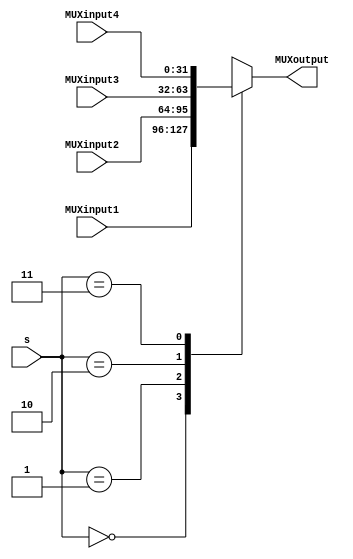
`timescale 1ns / 1ps
//////////////////////////////////////////////////////////////////////////////////
// Company: 
// Engineer: 
// 
// Design Name: 
// Module Name: mux
// Project Name: 
// Target Devices: 
// Tool Versions: 
// Description: 
// 
// Dependencies: 
// 
// Revision:
// Revision 0.01 - File Created
// Additional Comments:
// 
//////////////////////////////////////////////////////////////////////////////////


module MUX_4 (
    input [1:0] s,
    input [31:0] MUXinput1, 
    input [31:0] MUXinput2, 
    input [31:0] MUXinput3, 
    input [31:0] MUXinput4,
    output reg [31:0] MUXoutput
);
    initial begin MUXoutput = 0; end

    always @ (*) begin
        case (s)
            2'b00: begin MUXoutput = MUXinput1; end
            2'b01: begin MUXoutput = MUXinput2; end
            2'b10: begin MUXoutput = MUXinput3; end
            2'b11: begin MUXoutput = MUXinput4; end
            default: begin MUXoutput = 0; end
        endcase
    end
endmodule

module MUX_8 (
    input [1:0] s,
    input [31:0] MUXinput1, 
    input [31:0] MUXinput2, 
    input [31:0] MUXinput3, 
    input [31:0] MUXinput4,
    input [31:0] MUXinput5, 
    input [31:0] MUXinput6, 
    input [31:0] MUXinput7, 
    input [31:0] MUXinput8,
    output reg [31:0] MUXoutput
);
    initial begin MUXoutput = 0; end

    always @ (*) begin
        case (s)
            3'b000: begin MUXoutput = MUXinput1; end
            3'b001: begin MUXoutput = MUXinput2; end
            3'b010: begin MUXoutput = MUXinput3; end
            3'b011: begin MUXoutput = MUXinput4; end
            3'b100: begin MUXoutput = MUXinput5; end 
            3'b101: begin MUXoutput = MUXinput6; end 
            3'b110: begin MUXoutput = MUXinput7; end 
            3'b111: begin MUXoutput = MUXinput8; end
            default: begin MUXoutput = 0; end
        endcase
    end
endmodule